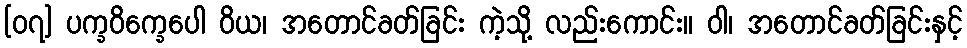
[၀၇] ပက္ခဝိက္ခေပေါ ဝိယ၊ အတောင်ခတ်ခြင်း ကဲ့သို့ လည်းကောင်း။ ဝါ၊ အတောင်ခတ်ခြင်းနှင့်